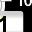
Digit: 1